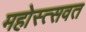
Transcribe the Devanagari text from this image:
महोस्त्सवत